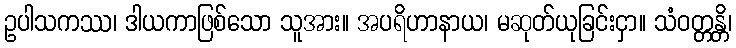
ဥပါသကဿ၊ ဒါယကာဖြစ်သော သူအား။ အပရိဟာနာယ၊ မဆုတ်ယုခြင်းငှာ။ သံဝတ္တန္တိ၊